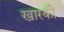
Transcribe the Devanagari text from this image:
खारकी